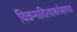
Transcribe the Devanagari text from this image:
विक्रमादित्याबरोबरच्या